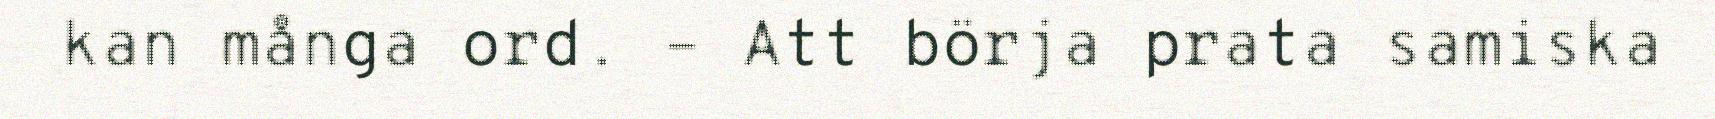
kan många ord. – Att börja prata samiska